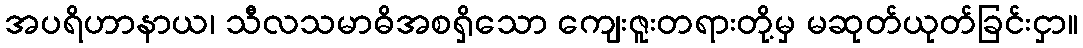
အပရိဟာနာယ၊ သီလသမာဓိအစရှိသော ကျေးဇူးတရားတို့မှ မဆုတ်ယုတ်ခြင်းငှာ။